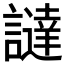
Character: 𧬻